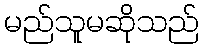
မည်သူမဆိုသည်